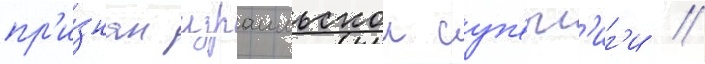
пр'и́знан израильскои суп'ерл'иг'и //